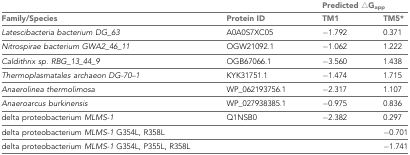
<table><thead><tr><td></td><td></td><td colspan="2"><b>Predicted △G<sub>app</sub></b></td></tr><tr><td><b>Family/Species</b></td><td><b>Protein ID</b></td><td><b>TM1</b></td><td><b>TM5*</b></td></tr></thead><tbody><tr><td><i>Latescibacteria bacterium DG_63</i></td><td>A0A0S7XC05</td><td>−1.792</td><td>0.371</td></tr><tr><td><i>Nitrospirae bacterium GWA2_46_11</i></td><td>OGW21092.1</td><td>−1.062</td><td>1.222</td></tr><tr><td><i>Caldithrix sp. RBG_13_44_9</i></td><td>OGB67066.1</td><td>−3.560</td><td>1.438</td></tr><tr><td><i>Thermoplasmatales archaeon DG-70–1</i></td><td>KYK31751.1</td><td>−1.474</td><td>1.715</td></tr><tr><td><i>Anaerolinea thermolimosa</i></td><td>WP_062193756.1</td><td>−2.317</td><td>1.107</td></tr><tr><td><i>Anaeroarcus burkinensis</i></td><td>WP_027938385.1</td><td>−0.975</td><td>0.836</td></tr><tr><td>delta proteobacterium <i>MLMS-1</i></td><td>Q1NSB0</td><td>−2.382</td><td>0.297</td></tr><tr><td>delta proteobacterium <i>MLMS-1</i> G354L, R358L</td><td></td><td></td><td>−0.701</td></tr><tr><td>delta proteobacterium <i>MLMS-1</i> G354L, P355L, R358L</td><td></td><td></td><td>−1.741</td></tr></tbody></table>